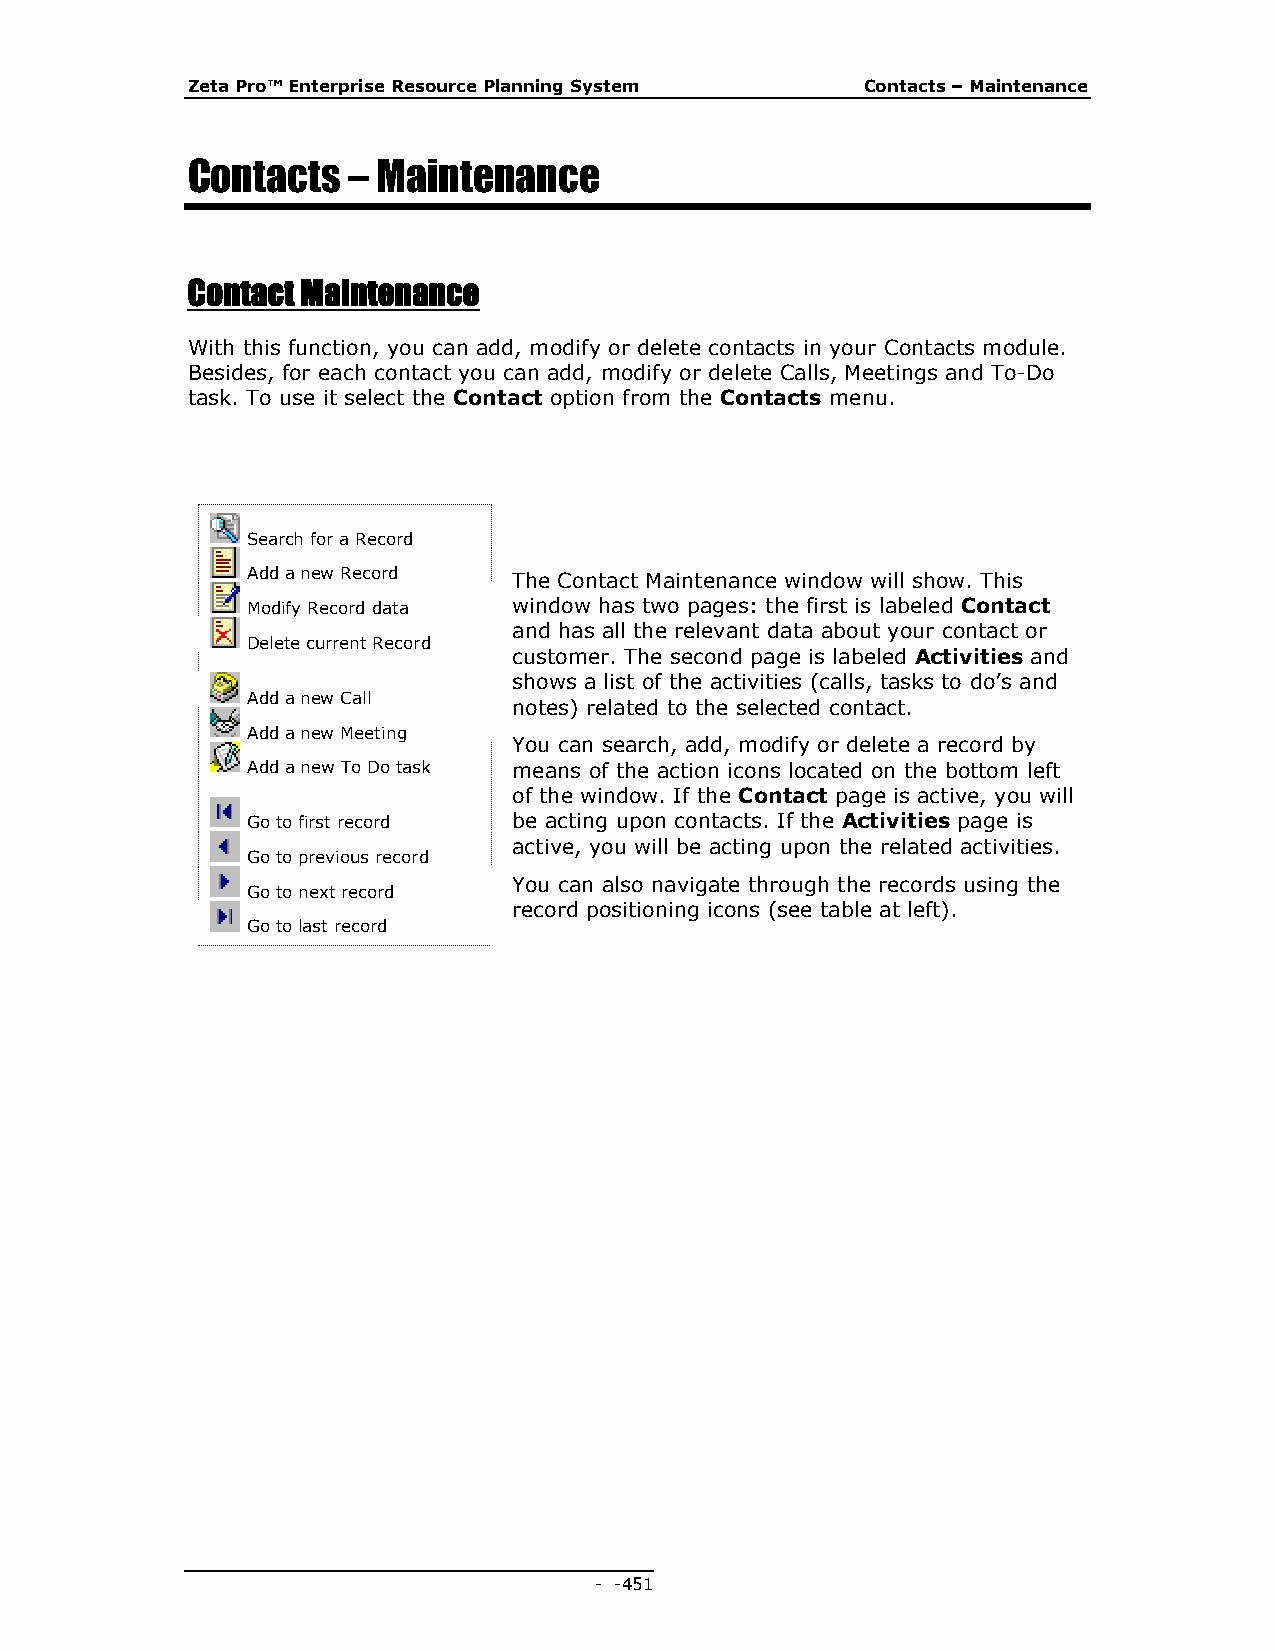
Zeta Pro™ Enterprise Resource Planning System Contacts – Maintenance
 Contacts   – Maintenance
 Contact Maintenance
 With this function, you can add, modify or delete contacts in your Contacts module.
 Besides, for each contact you can add, modify or delete Calls, Meetings and To-Do
 task. To use it select the Contact option from the Contacts menu.
 Search for a Record
 Add a new Record  The Contact Maintenance window will show. This
 Modify Record data window has two pages: the first is labeled Contact
 and has all the relevant data about your contact or
 Delete current Record
 customer. The second page is labeled Activities and
 shows a list of the activities (calls, tasks to do’s and
 Add a new Call
 notes) related to the selected contact.
 Add a new Meeting
 You can search, add, modify or delete a record by
 Add a new To Do task means of the action icons located on the bottom left
 of the window. If the Contact page is active, you will
 Go to first record be acting upon contacts. If the Activities page is
 active, you will be acting upon the related activities.
 Go to previous record
 You can also navigate through the records using the
 Go to next record
 record positioning icons (see table at left).
 Go to last record
 - - 451